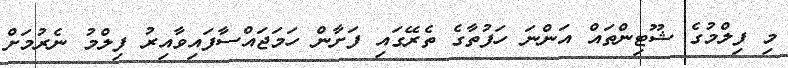
މި ފިލްމުގެ ޝޫޓިންތައް އަންނަ ހަފުތާގެ ތެރޭގައި ފަށާން ހަމަޖައްސާފައިވާއިރު ފިލްމު ނެރުމަށް